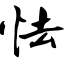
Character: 怯